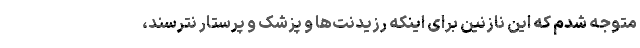
متوجه شدم که این نازنین برای اینکه رزیدنت‌ها و پزشک و پرستار نترسند،